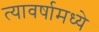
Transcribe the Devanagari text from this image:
त्यावर्षामध्ये